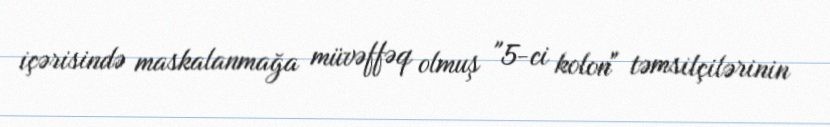
içərisində maskalanmağa müvəffəq olmuş "5-ci kolon" təmsilçilərinin